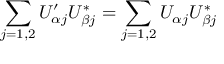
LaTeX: \sum _ { j = 1 , 2 } U _ { \alpha j } ^ { \prime } U _ { \beta j } ^ { * } = \sum _ { j = 1 , 2 } U _ { \alpha j } U _ { \beta j } ^ { * }